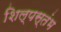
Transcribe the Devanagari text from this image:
शिल्पस्तंभ